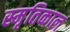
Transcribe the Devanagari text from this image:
स्मृतिकाल